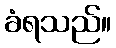
ခံရသည်။